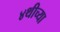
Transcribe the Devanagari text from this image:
४थीच्या